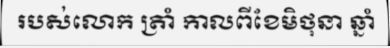
របស់លោក ត្រាំ កាលពីខែមិថុនា ឆ្នាំ